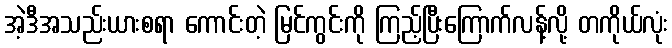
အဲ့ဒီအသည်းယားစရာ ကောင်းတဲ့ မြင်ကွင်းကို ကြည့်ပြီးကြောက်လန့်လို့ တကိုယ်လုံး